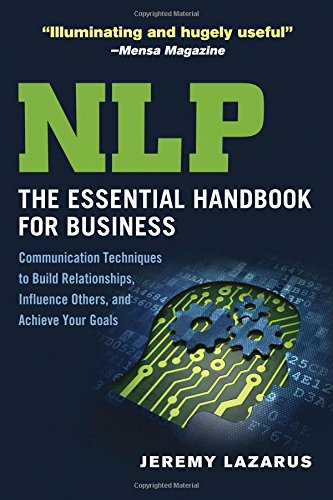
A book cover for NLP: The Essential Handbook for Business: Communication Techniques to Build Relationships, Influence Others, and Achieve Your Goals; Jeremy Lazarus; Self-Help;